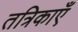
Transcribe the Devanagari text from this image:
तत्रिकाएँ